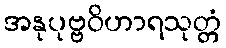
အနုပုဗ္ဗဝိဟာရသုတ္တံ